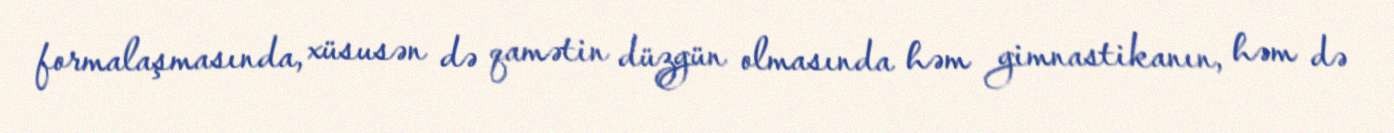
formalaşmasında, xüsusən də qamətin düzgün olmasında həm gimnastikanın, həm də